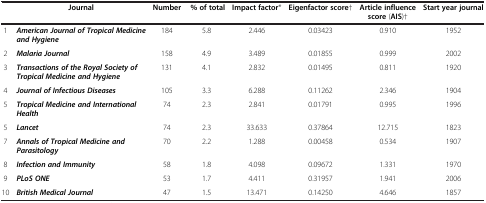
|  | Journal | Number | % of total | Impact factor* | Eigenfactor score† | Article influence score (AIS)† | Start year journal |
 | --- | --- | --- | --- | --- | --- | --- | --- |
 | 1 | American Journal of Tropical Medicine and Hygiene | 184 | 5.8 | 2.446 | 0.03423 | 0.910 | 1952 |
 | 2 | Malaria Journal | 158 | 4.9 | 3.489 | 0.01855 | 0.999 | 2002 |
 | 3 | Transactions of the Royal Society of Tropical Medicine and Hygiene | 131 | 4.1 | 2.832 | 0.01495 | 0.811 | 1920 |
 | 4 | Journal of Infectious Diseases | 105 | 3.3 | 6.288 | 0.11262 | 2.346 | 1904 |
 | 5 | Tropical Medicine and International Health | 74 | 2.3 | 2.841 | 0.01791 | 0.995 | 1996 |
 | 5 | Lancet | 74 | 2.3 | 33.633 | 0.37864 | 12.715 | 1823 |
 | 7 | Annals of Tropical Medicine and Parasitology | 70 | 2.2 | 1.288 | 0.00458 | 0.534 | 1907 |
 | 8 | Infection and Immunity | 58 | 1.8 | 4.098 | 0.09672 | 1.331 | 1970 |
 | 9 | PLoS ONE | 53 | 1.7 | 4.411 | 0.31957 | 1.941 | 2006 |
 | 10 | British Medical Journal | 47 | 1.5 | 13.471 | 0.14250 | 4.646 | 1857 |